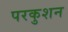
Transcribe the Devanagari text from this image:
परकुशन